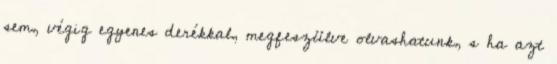
sem, végig egyenes derékkal, megfeszülve olvashatunk, s ha azt